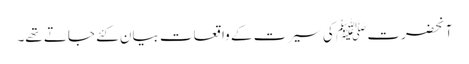
آنحضرت ﷺ کی سیرت کے واقعات بیان کئے جاتے تھے۔